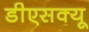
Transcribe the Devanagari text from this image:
डीएसक्यू